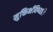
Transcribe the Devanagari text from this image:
मुक्तिर्भविष्यति